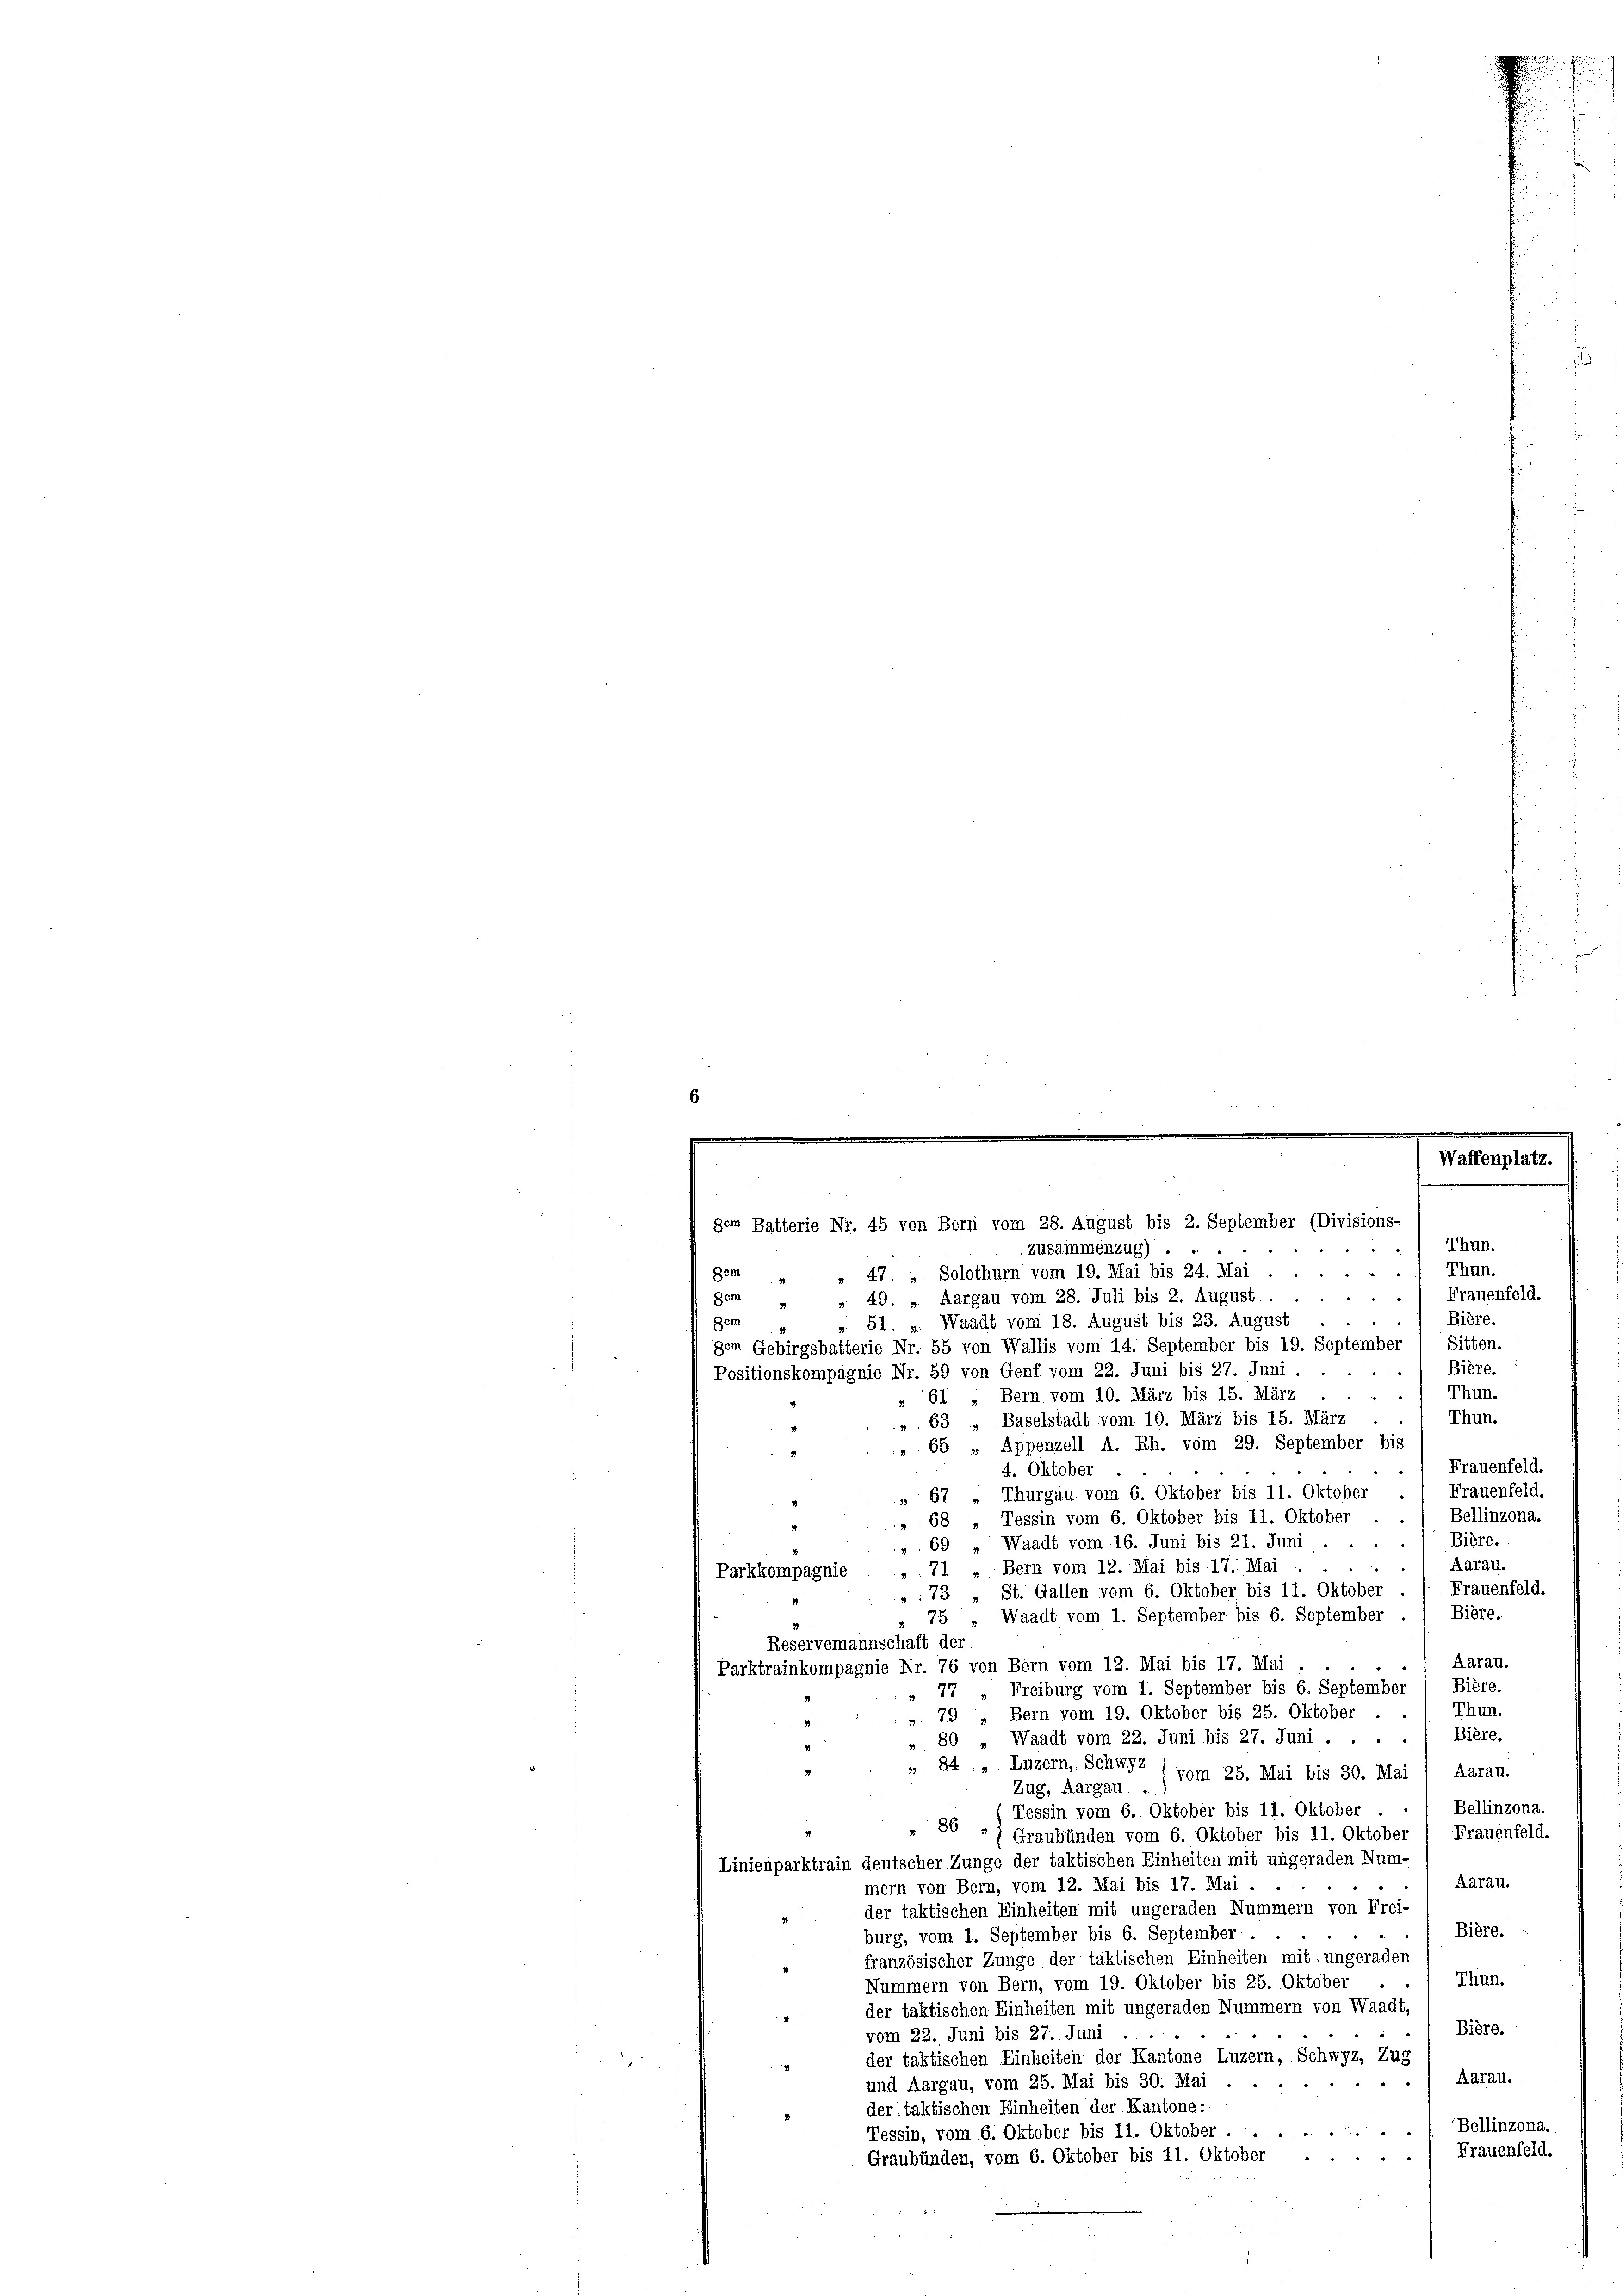
m
-
Waffenplatz.
gem Batterie Nr. 45 von Bern vom 28. August bis 2. September. (Divisions-
 Thun.

e
zusammenzug)
.
Thun.
                        4
gem " " 47. „ Solothurn vom 19. Mai bis 24. Mai
Frauenfeld.
Aargau vom 28. Juli bis 2. August.
Dem
49.
2
Bière.
Dem
Waadt vom 18. August bis 23. August
51.
gem Gebirgsbatterie Nr. 55 von Wallis vom 14. September bis 19. September / Sitten.
Bière.
"
Positionskompagnie Nr. 59 von Genf vom 22. Juni bis 27. Juni . .
Thun.
» Bern vom 10. März bis 15. März
d
61
Thun.
 63 „ Baselstadt vom 10. März bis 15. März
 65 „Appenzell A. Rh. vom 29. September bis
Frauenfeld.
4. Oktober
Frauenfeld.
Thurgau vom 6. Oktober bis 11. Oktober
 67
Bellinzona.
 68 „ Tessin vom 6. Oktober bis 11. Oktober
Bière.
Waadt vom 16. Juni bis 21. Juni ...
69
Aarau.
Bern vom 12. Mai bis 17. Mai
74
Parkkompagnie
Frauenfeld.
". 73 „ St. Gallen vom 6. Oktober bis 11. Oktober
Bière.
75 Waadt vom 1. September bis 6. September
Reservemannschaft der
) Aarau.
Parktrainkompagnie Nr. 76 von Bern vom 12. Mai bis 17. Mai . . .
Bière.
77 Freiburg vom 1. September bis 6. September
19
Thun.
». 79 „Bern vom 19. Oktober bis 25. Oktober .
Bière.
80 Waadt vom 22. Juni bis 27. Juni ....
„ 84. „ Inzern, Schwyz) vom 25. Mai bis 30. Mai / Aarau.
Zug, Aargau .)
Bellinzona.
Tessin vom 6. Oktober bis 11. Oktober . .
 86 *) Graubünden vom 6. Oktober bis 11. Oktober 1 Frauenfeld.
Linienparktrain deutscher Zunge der taktischen Einheiten mit ungeraden Num¬
Aarau.
.
mern von Bern, vom 12. Mai bis 17. Mai.
der taktischen Einheiten mit ungeraden Nummern von Frei-
Bière.
burg, vom 1. September bis 6. September . .
französischer Zunge der taktischen Einheiten mit: ungeraden
Thun.
Nummern von Bern, vom 19. Oktober bis 25. Oktober
der taktischen Einheiten mit ungeraden Nummern von Waadt,
4
Bière.
vom 22. Juni bis 27. Juni
der taktischen Einheiten der Kantone Luzern, Schwyz, Zug
Aarall.
und Aargau, vom 25. Mai bis 30. Mai
der taktischen Einheiten der Kantone:
Bellinzona.
Tessin, vom 6. Oktober bis 11. Oktober ...
Frauenfeld.
Graubünden, vom 6. Oktober bis 11. Oktober